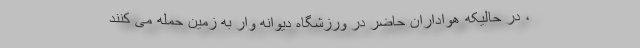
، در حالیکه هواداران حاضر در ورزشگاه دیوانه وار به زمین حمله می کنند